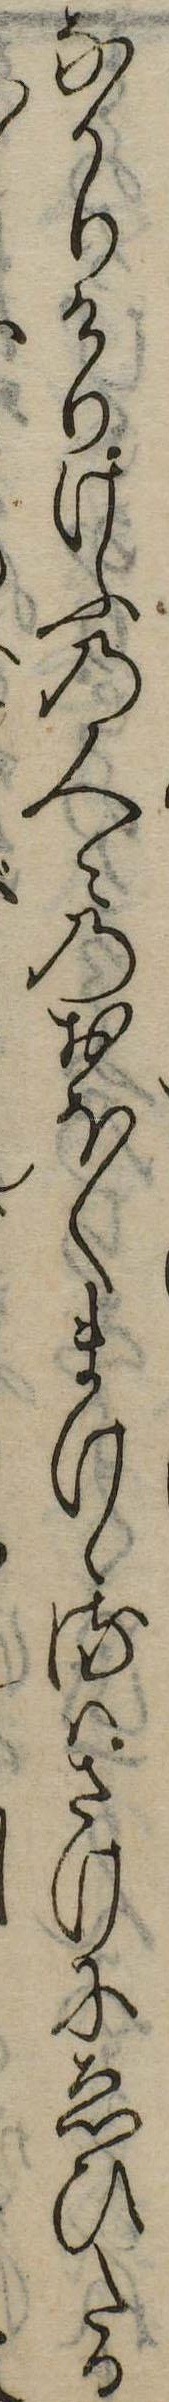
なかりけりけふの人々のおほくまけゝるはさけにゑひたる